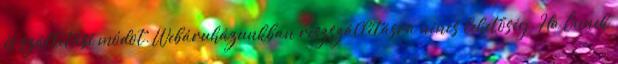
és szállítási módot. Webáruházunkban részszállításra nincs lehetőség. Ha Önnek